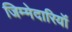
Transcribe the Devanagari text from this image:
जिम्मेदारियॉं